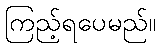
ကြည့်ရပေမည်။